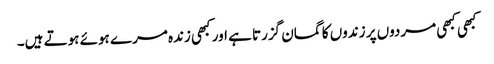
کبھی کبھی مردوں پر زندوں کا گمان گزرتا ہے اور کبھی زندہ مرے ہوئے ہوتے ہیں۔